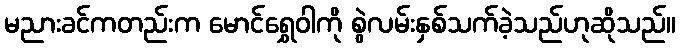
မညားခင်ကတည်းက မောင်ရွှေဝါကို စွဲလမ်းနှစ်သက်ခဲ့သည်ဟုဆိုသည်။